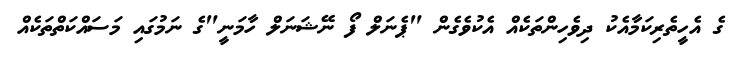
ގެ އެހީތެރިކަމާއެކު ދިވެހިންތަކެއް އެކުވެގެން "ޕެނަލް ފޯ ނޭޝަނަލް ހާމަނީ"ގެ ނަމުގައި މަސައްކަތްތަކެއް